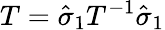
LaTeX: T=\hat{\sigma}_{1}T^{-1}\hat{\sigma}_{1}